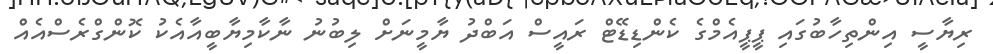
ރިޔާސީ އިންތިހާބުގައި ޕީޕީއެމްގެ ކެންޑިޑޭޓް ރައީސް އަބްދު ޔާމީނަށް ލިބުނު ނާކާމިޔާބީއާއެކު ކޮންގްރެސްއެއް